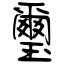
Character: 璽